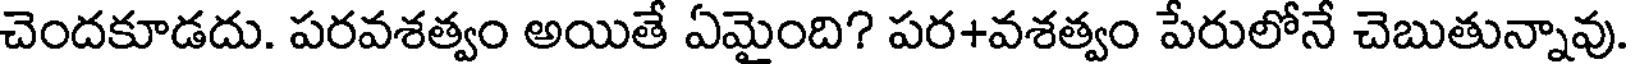
చెందకూడదు. పరవశత్వం అయితే ఏమైంది? పర+వశత్వం పేరులోనే చెబుతున్నావు